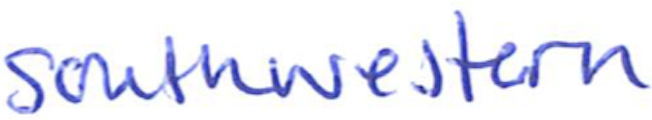
Text: southwestern
Cross-out: clean
Writing tool: ballpoint